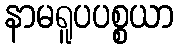
နာမရူပပစ္စယာ